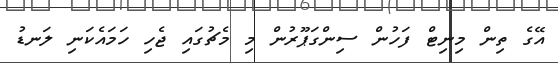
އޭގެ ތިން މިނިޓް ފަހުން ސިންގަޕޫރުން މި މެޗުގައި ޖެހި ހަމައެކަނި ލަނޑު